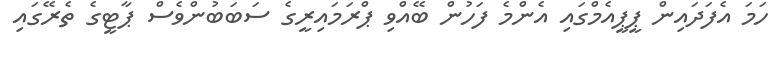
ހަމަ އެފަދައިން ޕީޕީއެމްގައި އެންމެ ފަހުން ބޭއްވި ޕްރަމައިރީގެ ސަބަބުންވެސް ޕާޓީގެ ތެރޭގައި